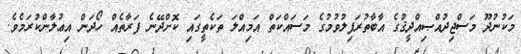
މަކުނުދޫ މަސްޖިދުއްޞިއްދީޤުގެ އާބާތުރަފިލުވުމުގެ މަސައްކަތް އަމިއްލަ ތަކެތީގައި ކޮށްދޭނެ ފަރާތެއް ހޯދަން އިޢުލާންކުރަމެވެ.